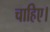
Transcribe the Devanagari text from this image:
चाहिेए।